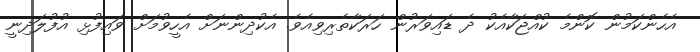
އެހެންކަމުން ކޮންމެ ކުއްޖަކާއެކު ދެ ޑައިވަރުން ހަރަކާތެރިވިއެވެ. އެކުދިންނަށް އެހީވުމަށް ވައިފުޅި އުފުލަދިނީ